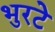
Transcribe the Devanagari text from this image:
भुरटे